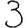
Digit: 3